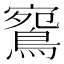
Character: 𪂦